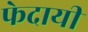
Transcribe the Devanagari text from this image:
फेदायीं